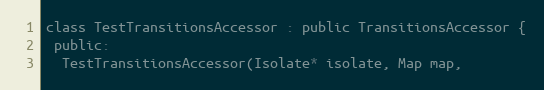
Language: C
class TestTransitionsAccessor : public TransitionsAccessor {
 public:
  TestTransitionsAccessor(Isolate* isolate, Map map,